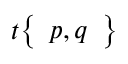
t { \left\{ \begin{array} { l } { p , q } \end{array} \right\} }